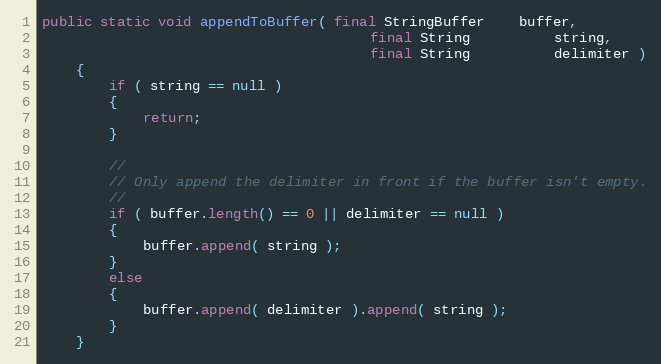
Language: Java
public static void appendToBuffer( final StringBuffer    buffer,
                                       final String          string,
                                       final String          delimiter )
    {
        if ( string == null )
        {
            return;
        }

        //
        // Only append the delimiter in front if the buffer isn't empty.
        //
        if ( buffer.length() == 0 || delimiter == null )
        {
            buffer.append( string );
        }
        else
        {
            buffer.append( delimiter ).append( string );
        }
    }